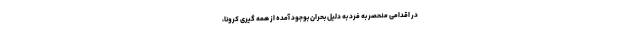
در اقدامی منحصر به فرد به دلیل بحران بوجود آمده از همه گیری کرونا،